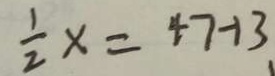
\frac { 1 } { 2 } x = 4 7 - 1 3